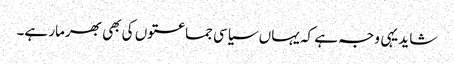
شاید یہی وجہ ہے کہ یہاں سیاسی جماعتوں کی بھی بھرمار ہے۔